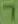
Text: 7